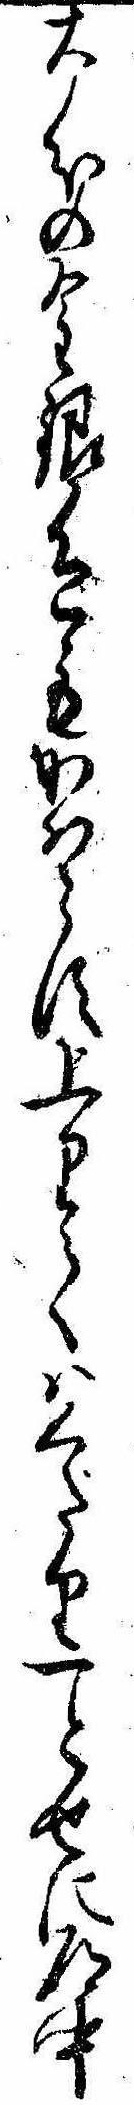
大分の金銀色もかはらず上りてはくだり一とせに道中